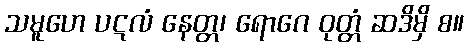
သမူဟေ ပဋလံ နေတ္တ၊ ရောဂေ ဝုတ္တံ ဆဒိမှိ စ။